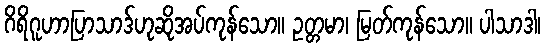
ဂိရိဂူဟာပြာသာဒ်ဟုဆိုအပ်ကုန်သော။ ဥတ္တမာ၊ မြတ်ကုန်သော။ ပါသာဒါ၊